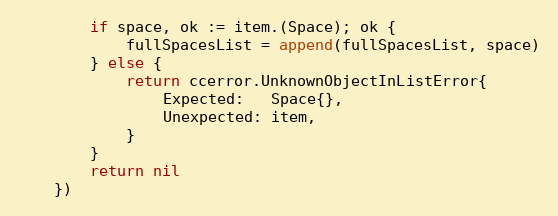
Language: Go
		if space, ok := item.(Space); ok {
			fullSpacesList = append(fullSpacesList, space)
		} else {
			return ccerror.UnknownObjectInListError{
				Expected:   Space{},
				Unexpected: item,
			}
		}
		return nil
	})